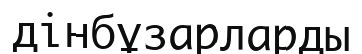
дінбұзарларды